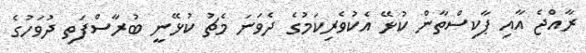
ރާއްޖެ އާއި ޕާކިސްތާން ކުޅޭ އެކުވެރިކަމުގެ ދެވަނަ މެޗު ކުޅޭނީ ބުރާސްފަތި ދުވަހުގެ